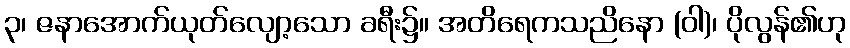
၃၊ ဇနာအောက်ယုတ်လျော့သော ခရီး၌။ အတိရေကသညိနော (ဝါ)၊ ပိုလွန်၏ဟု